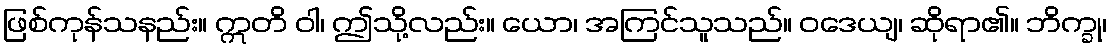
ဖြစ်ကုန်သနည်း။ ဣတိ ဝါ၊ ဤသို့လည်း။ ယော၊ အကြင်သူသည်။ ဝဒေယျ၊ ဆိုရာ၏။ ဘိက္ခု၊